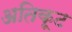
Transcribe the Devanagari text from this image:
अतिकूट